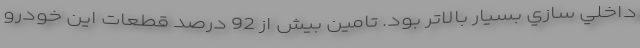
داخلي سازي بسيار بالاتر بود. تامین بیش از 92 درصد قطعات این خودرو